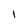
Character: I